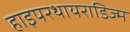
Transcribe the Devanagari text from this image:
हाइपरथायराडिज्म